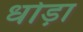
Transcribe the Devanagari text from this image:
धोड़ा